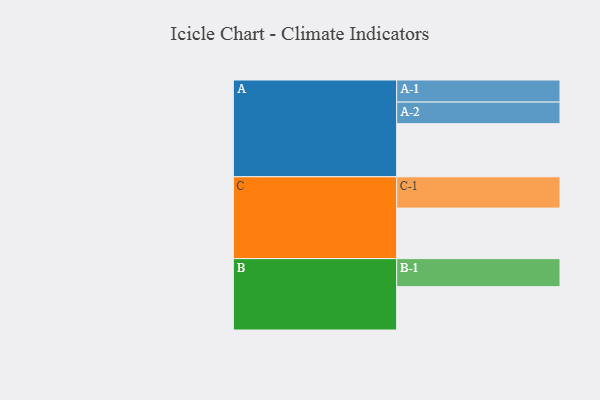
{"axis": {"x": "Segment", "y": "Value"}, "legend": ["", "A", "B", "C"], "data": [{"x": "A", "y": 493, "type": ""}, {"x": "B", "y": 402, "type": ""}, {"x": "C", "y": 469, "type": ""}, {"x": "A-1", "y": 205, "type": "A"}, {"x": "A-2", "y": 200, "type": "A"}, {"x": "B-1", "y": 260, "type": "B"}, {"x": "C-1", "y": 290, "type": "C"}]}